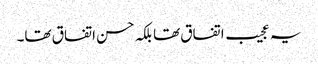
یہ عجیب اتفاق تھا بلکہ حسن اتفاق تھا۔